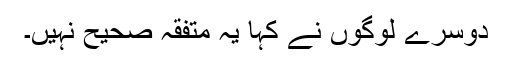
دوسرے لوگوں نے کہا یہ متفقہ صحیح نہیں۔